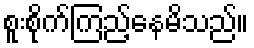
စူးစိုက်ကြည့်နေမိသည်။